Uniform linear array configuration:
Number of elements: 32
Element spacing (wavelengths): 1
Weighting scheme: binomial
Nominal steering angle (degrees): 60
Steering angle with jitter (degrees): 60.22
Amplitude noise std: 0.05
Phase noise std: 0.05

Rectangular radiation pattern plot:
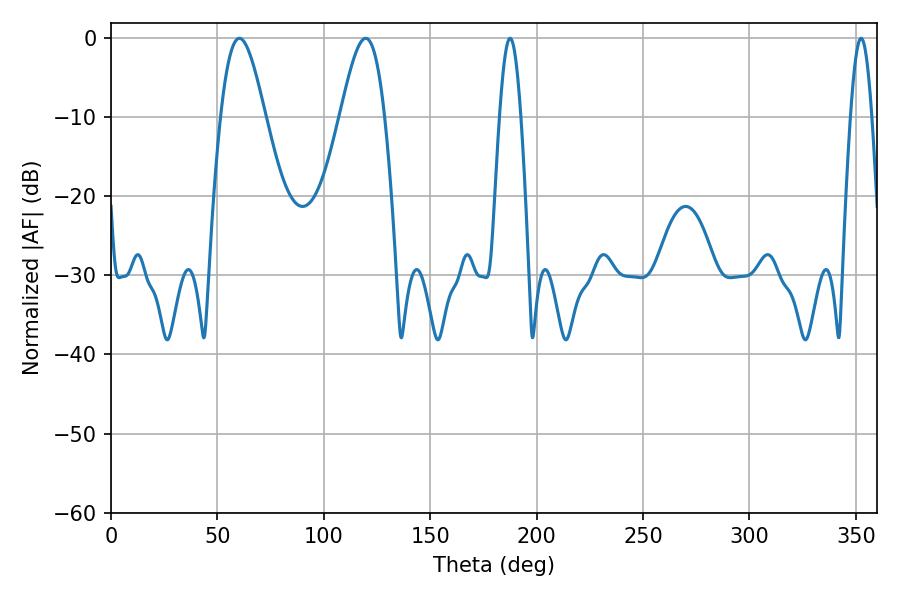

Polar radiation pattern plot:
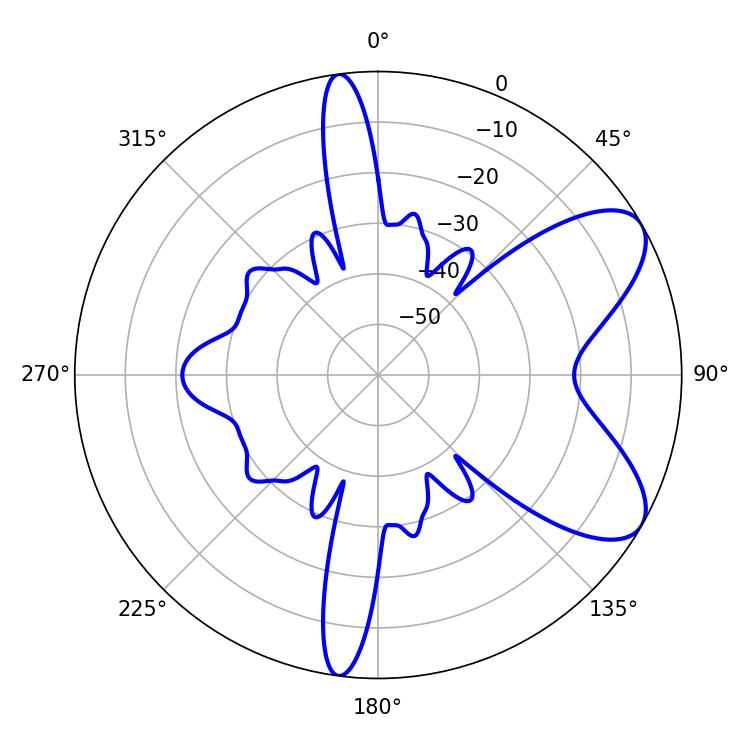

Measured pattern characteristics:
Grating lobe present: TRUE
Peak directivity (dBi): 7.577
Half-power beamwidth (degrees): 11.16
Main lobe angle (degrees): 60.3